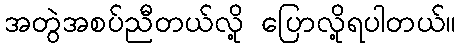
အတွဲအစပ်ညီတယ်လို့ ပြောလို့ရပါတယ်။